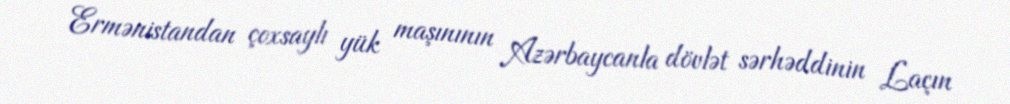
Ermənistandan çoxsaylı yük maşınının Azərbaycanla dövlət sərhəddinin Laçın